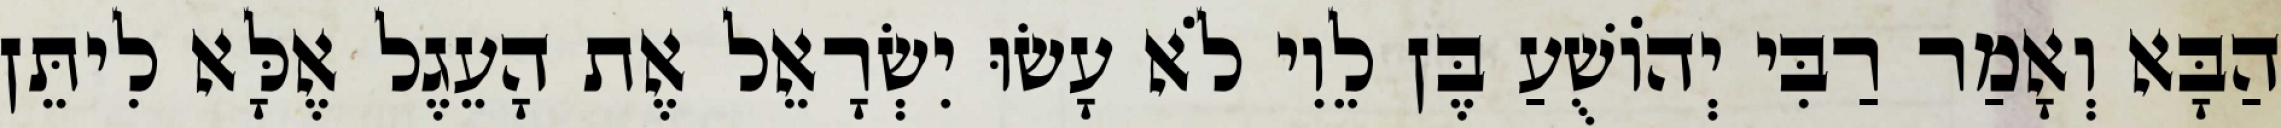
הַבָּא וְאָמַר רַבִּי יְהוֹשֻׁעַ בֶּן לֵוִי לֹא עָשׂוּ יִשְׂרָאֵל אֶת הָעֵגֶל אֶלָּא לִיתֵּן